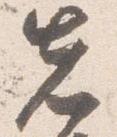
先